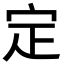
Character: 定